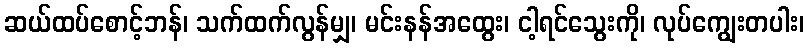
ဆယ်ထပ်စောင့်ဘန်၊ သက်ထက်လွန်မျှ၊ မင်းနန်အထွေး၊ ငါ့ရင်သွေးကို၊ လုပ်ကျွေးတပါး၊